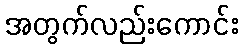
အတွက်လည်းကောင်း